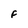
Character: F